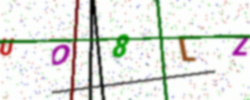
Text: UO8LZ